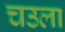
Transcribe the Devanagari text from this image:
चउला